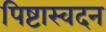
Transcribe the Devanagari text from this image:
पिष्टास्वदन